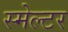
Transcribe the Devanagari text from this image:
स्मेल्टर